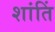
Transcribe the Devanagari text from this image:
शांतिं